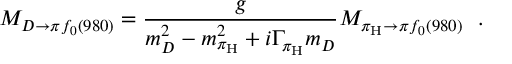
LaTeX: { \cal M } _ { D \to \pi f _ { 0 } ( 9 8 0 ) } = { \frac { g } { m _ { D } ^ { 2 } - m _ { \pi _ { \mathrm { H } } } ^ { 2 } + i \Gamma _ { \pi _ { \mathrm { H } } } m _ { D } } } { \cal M } _ { \pi _ { \mathrm { H } } \to \pi f _ { 0 } ( 9 8 0 ) } \ \ .